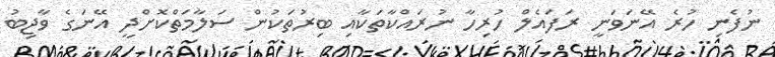
ނުފެނި ހުރެ އޭނަވަނީ ރަފައެލް ހުރިހާ ނުރައްކާތަކާއި ބިރުތަކުން ސަލާމަތްކޮށްދީ އޭނަގެ ވާޖިބު